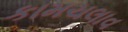
કામચલાવ